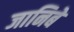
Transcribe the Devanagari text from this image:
जानिबे